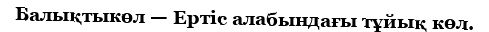
Балықтыкөл — Ертіс алабындағы тұйық көл.